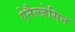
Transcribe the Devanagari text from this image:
ऐनैल्जेसिन